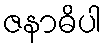
ဇနာဓိပါ